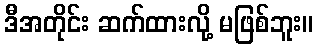
ဒီအတိုင်း ဆက်ထားလို့ မဖြစ်ဘူး။